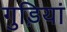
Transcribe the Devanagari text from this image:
गुड़ियां